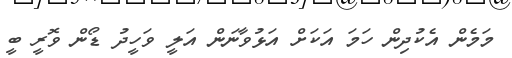
މަމެން އެކުދިން ހަމަ އަކަށް އަޅުވާނަން އަލީ ވަހީދު ޑޯން ވޮރީ ބީ